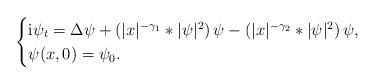
LaTeX: \begin{align*}\begin{cases}\textnormal{i} \psi_t =\Delta \psi +\left(|x|^{-\gamma_1} \ast |\psi|^2\right) \psi - \left(|x|^{-\gamma_2} \ast |\psi|^2\right) \psi,\\\psi(x,0)=\psi_0.\end{cases}\end{align*}